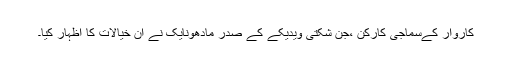
کاروار کےسماجی کارکن ،جن شکتی ویدیکے کے صدر مادھونایک نے ان خیالات کا اظہار کیا۔